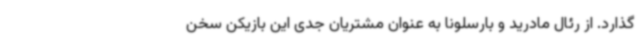
گذارد. از رئال مادرید و بارسلونا به عنوان مشتریان جدی این بازیکن سخن